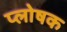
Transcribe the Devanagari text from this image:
प्लोषक